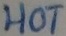
Text: HOT